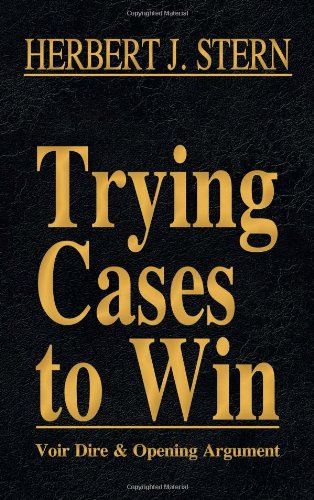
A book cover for Trying Cases to Win Vol. 1: Voir Dire and Opening Argument; Herbert Jay Stern; Law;